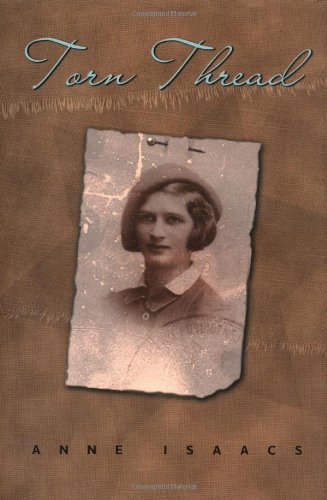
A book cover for Torn Thread; Anne Isaacs; Teen & Young Adult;